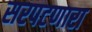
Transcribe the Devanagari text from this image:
सरपटणारा